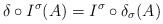
\begin{align*} \delta \circ I^\sigma(A) = I^\sigma \circ \delta_\sigma(A)\end{align*}